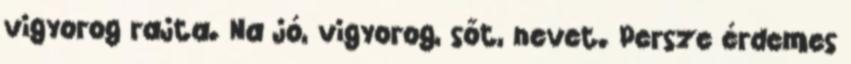
vigyorog rajta. Na jó, vigyorog, sőt, nevet. Persze érdemes